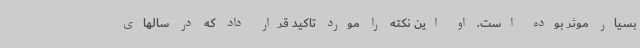
بسیار موثر بوده است. او این نکته را مورد تاکید قرار داد که در سالهای